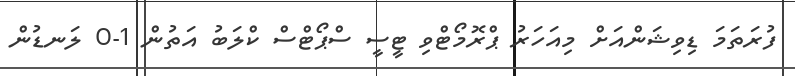
ފުރަތަމަ ޑިވިޝަންއަށް މިއަހަރު ޕްރޮމޯޓްވި ޓީސީ ސްޕޯޓްސް ކްލަބު އަތުން 1-0 ލަނޑުން